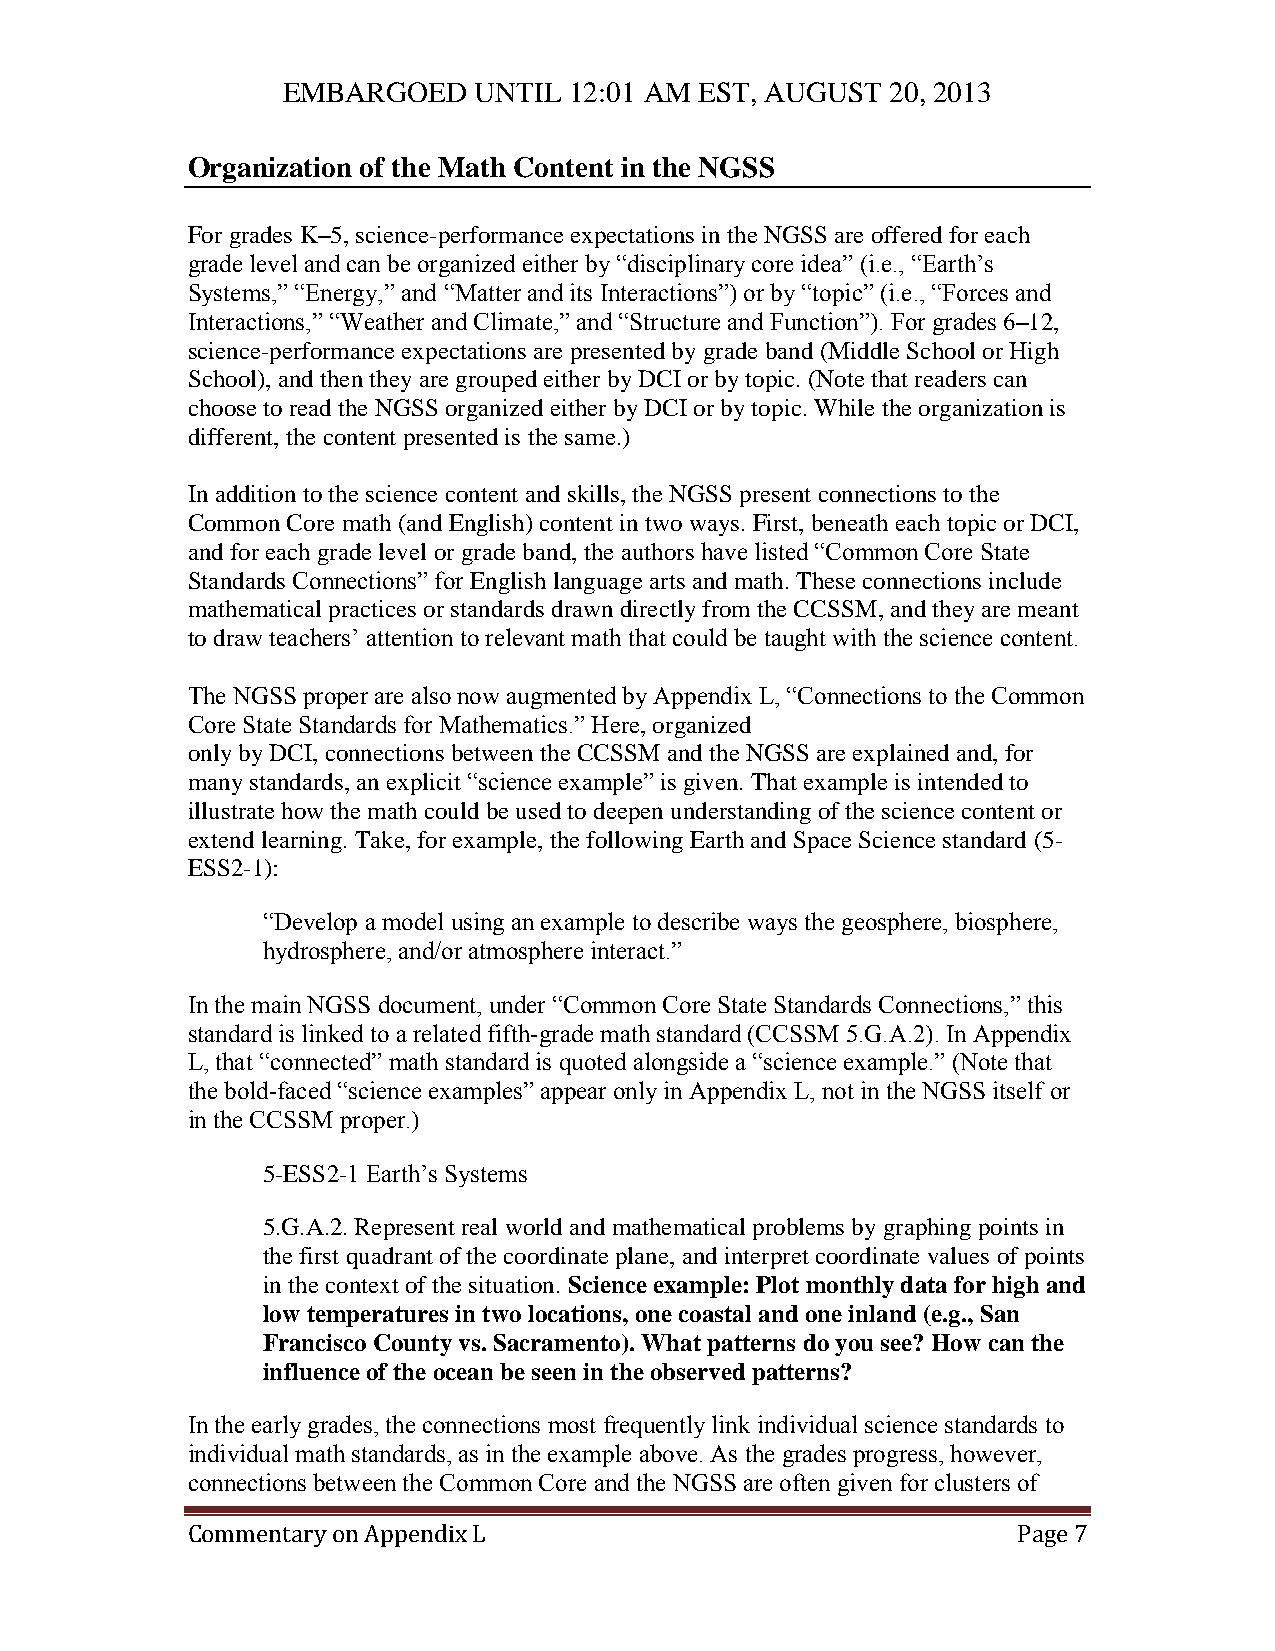
EMBARGOED   UNTIL  12:01 AM EST, AUGUST 20, 2013
 Organization of the Math Content in the NGSS
 For grades K–5, science-performance expectations in the NGSS are offered for each
 grade level and can be organized either by “disciplinary core idea” (i.e., “Earth’s
 Systems,” “Energy,” and “Matter and its Interactions”) or by “topic” (i.e., “Forces and
 Interactions,” “Weather and Climate,” and “Structure and Function”). For grades 6–12,
 science-performance expectations are presented by grade band (Middle School or High
 School), and then they are grouped either by DCI or by topic. (Note that readers can
 choose to read the NGSS organized either by DCI or by topic. While the organization is
 different, the content presented is the same.)
 In addition to the science content and skills, the NGSS present connections to the
 Common Core math (and English) content in two ways. First, beneath each topic or DCI,
 and for each grade level or grade band, the authors have listed “Common Core State
 Standards Connections” for English language arts and math. These connections include
 mathematical practices or standards drawn directly from the CCSSM, and they are meant
 to draw teachers’ attention to relevant math that could be taught with the science content.
 The NGSS proper are also now augmented by Appendix L, “Connections to the Common
 Core State Standards for Mathematics.” Here, organized
 only by DCI, connections between the CCSSM and the NGSS are explained and, for
 many standards, an explicit “science example” is given. That example is intended to
 illustrate how the math could be used to deepen understanding of the science content or
 extend learning. Take, for example, the following Earth and Space Science standard (5-
 ESS2-1):
 “Develop a model using an example to describe ways the geosphere, biosphere,
 hydrosphere, and/or atmosphere interact.”
 In the main NGSS document, under “Common Core State Standards Connections,” this
 standard is linked to a related fifth-grade math standard (CCSSM 5.G.A.2). In Appendix
 L, that “connected” math standard is quoted alongside a “science example.” (Note that
 the bold-faced “science examples” appear only in Appendix L, not in the NGSS itself or
 in the CCSSM proper.)
 5-ESS2-1 Earth’s Systems
 5.G.A.2. Represent real world and mathematical problems by graphing points in
 the first quadrant of the coordinate plane, and interpret coordinate values of points
 in the context of the situation. Science example: Plot monthly data for high and
 low temperatures in two locations, one coastal and one inland (e.g., San
 Francisco County vs. Sacramento). What patterns do you see? How can the
 influence of the ocean be seen in the observed patterns?
 In the early grades, the connections most frequently link individual science standards to
 individual math standards, as in the example above. As the grades progress, however,
 connections between the Common Core and the NGSS are often given for clusters of
 Commentary on Appendix L                               Page 7